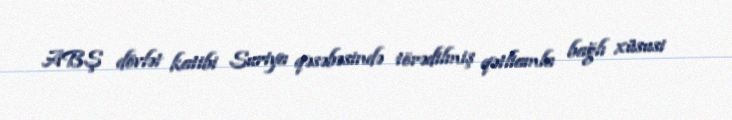
ABŞ dövlət katibi Suriya qəsəbəsində törədilmiş qətliamla bağlı xüsusi